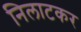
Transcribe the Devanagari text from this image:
निलाटकर